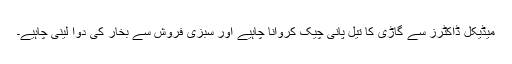
میڈیکل ڈاکٹرز سے گاڑی کا تیل پانی چیک کروانا چاہیے اور سبزی فروش سے بخار کی دوا لینی چاہیے۔